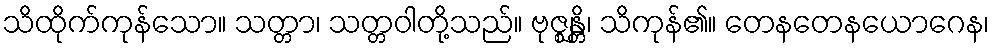
သိထိုက်ကုန်သော။ သတ္တာ၊ သတ္တဝါတို့သည်။ ဗုဇ္ဈန္တိ၊ သိကုန်၏။ တေနတေနယောဂေန၊